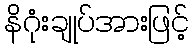
နိဂုံးချုပ်အားဖြင့်